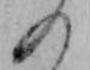
の